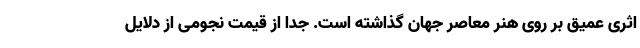
اثری عمیق بر روی هنر معاصر جهان گذاشته است. جدا از قیمت نجومی از دلایل